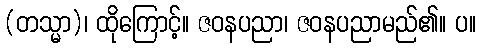
(တသ္မာ)၊ ထိုကြောင့်။ ဇဝနပညာ၊ ဇဝနပညာမည်၏။ ပ။